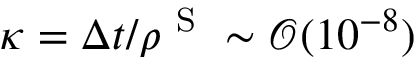
\kappa = \Delta t / \rho ^ { \mathrm { ~ S ~ } } \sim \mathcal { O } ( 1 0 ^ { - 8 } )